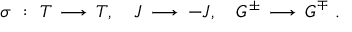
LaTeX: \sigma ~ : ~ T \, \longrightarrow \, T , ~ ~ ~ J \, \longrightarrow \, - J , ~ ~ ~ G ^ { \pm } \, \longrightarrow \, G ^ { \mp } ~ .